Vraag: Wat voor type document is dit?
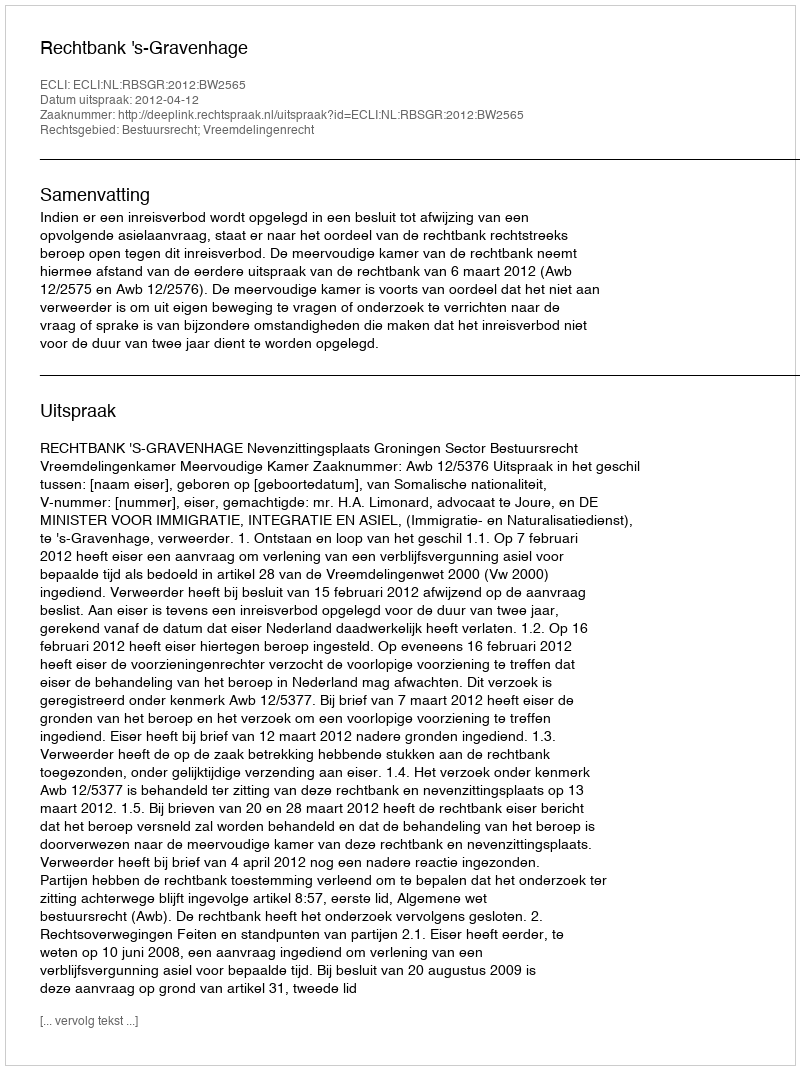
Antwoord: Uitspraak